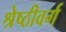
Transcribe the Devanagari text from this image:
श्रेष्ठीवर्ग